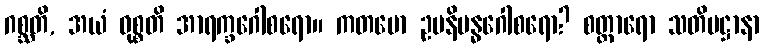
ဂစ္ဆတိ, အယံ ဝုစ္စတိ အာရက္ခဂေါစရော။ ကတမော ဥပနိဗန္ဓဂေါစရော? စတ္တာရော သတိပဋ္ဌာနာ